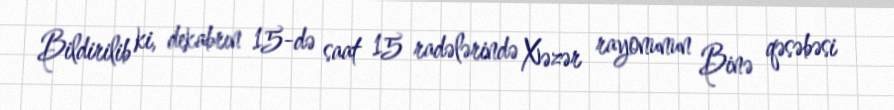
Bildirilib ki, dekabrın 15-də saat 15 radələrində Xəzər rayonunun Binə qəsəbəsi